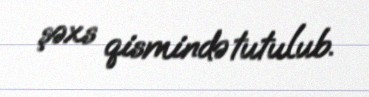
şəxs qismində tutulub.